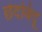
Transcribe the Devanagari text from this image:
छेदबिंदू